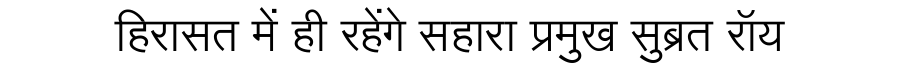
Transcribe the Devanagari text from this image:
हिरासत में ही रहेंगे सहारा प्रमुख सुब्रत रॉय